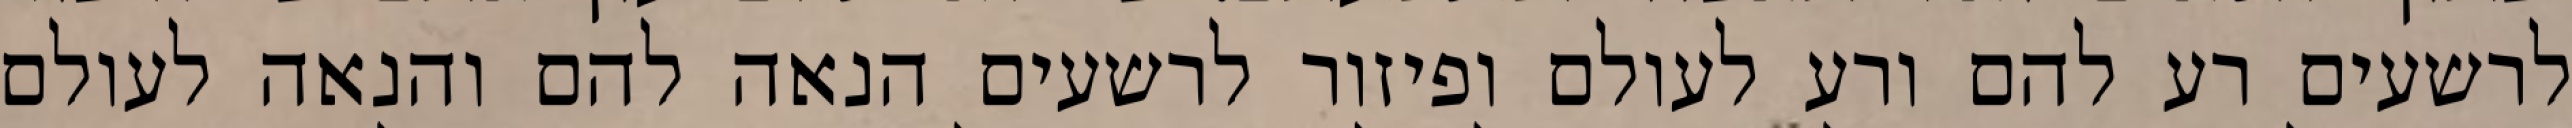
לרשעים רע להם ורע לעולם ופיזור לרשעים הנאה להם והנאה לעולם